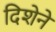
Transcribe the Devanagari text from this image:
दिशेनें